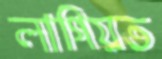
লাগিয়ত